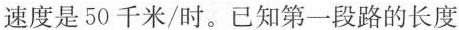
速度是50千米/时。已知第一段路的长度